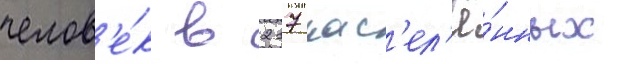
челов'е́к в 217 нас'ел'ё́нных